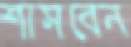
শাসবেন